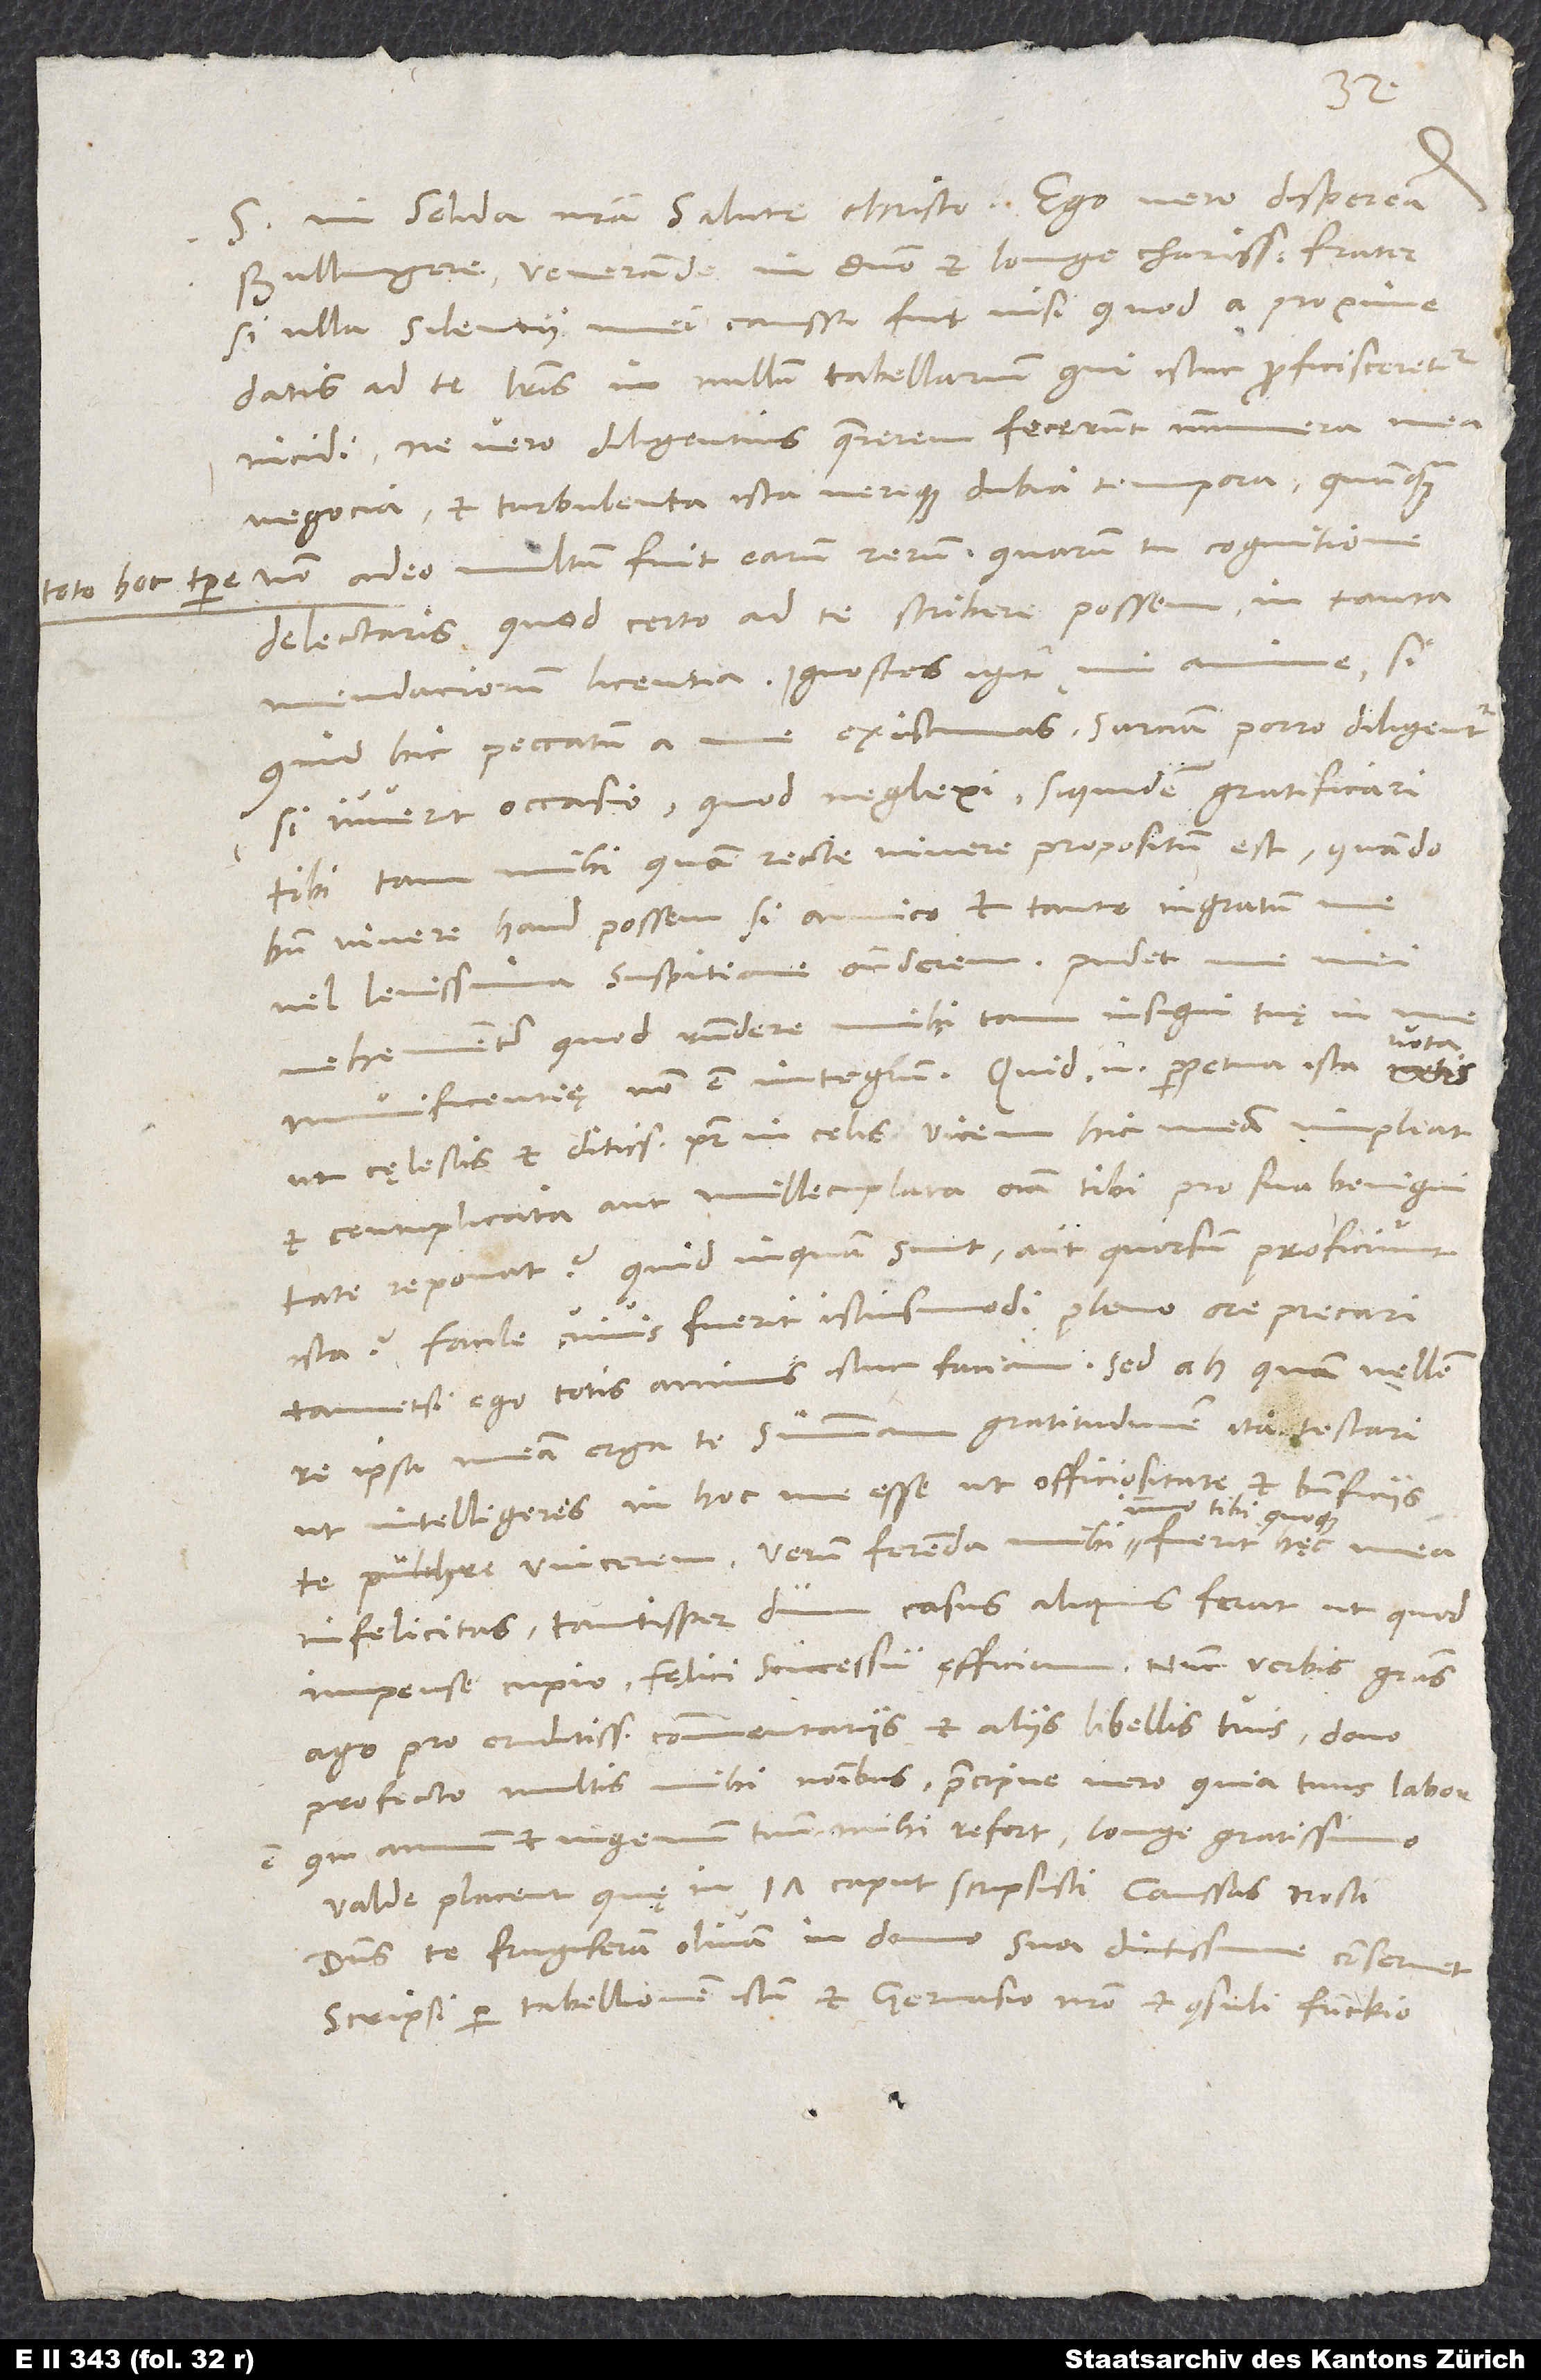
Bullingere, venerande in domino et longe charissime frater,
si ulla silentii mei caussa fuit, nisi quod a proxime
datis ad te literis in nullum tabellarium, qui istuc proficisceretur,
incidi. Ne vero diligentius quaererem, fecerunt innumera
negocia et turbulenta ista vereque dubia tempora, quamquam
toto hoc tempore non adeo multum fuit earum rerum, quarum tu cognitione
delectaris, quod certo ad te scribere possem in tanta
mendaciorum licentia. Ignosces igitur, mi anime, si
quid hic peccatum a me existimas; sarciam porro diligenter,
si iuverit occasio, quod neglexi, siquidem gratificari
tibi tam mihi quam recte vivere propositum est, quando
bene vivere haud possem, si amico et tanto ingratum
vehementer, quod respondere mihi tam insigni tuę
munificentię non est integrum. Quid enim perpetua ista
ut cęlestis et ditissimus pater in celis vicem hic meam impleat
et centuplicata aut millecuplata omnia tibi pro sua benignitate
reponat, quid, inquam, sunt aut quorsum proficiunt
ista? Facile cuivis fuerit istius modi pleno ore precari,
tametsi ego totis animis istuc faciam. Sed ah, quam vellem
re ipsa meam erga te summam gratitudinem ita testari,
ut intelligeres in hoc me esse, ut officiositate et beneficiis
tibi quoque
te pulchre vincerem! Verum ferenda mihi, immo
infelicitas tantisper, dum casus aliquis ferat, ut, quod
impense cupio, fęlici successu efficiam. Nunc verbis gratias
ago pro eruditissimis commentariis et aliis libellis tuis, dono
profecto multis mihi nominibus, praecipue vero, quia tuus labor
est, qui animum et ingenium tuum mihi refert, longe gratissimo.
Valde placent, quę in 17. caput scripsisti; caussas nosti.
Dominus te frugiferam olivam in domo sua diutissime
conservet!
Scripsi per tabellionem istum et Gervasio nostro et consuli Funckio.